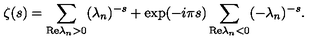
\zeta ( s ) = \sum _ { \mathrm { R e } \lambda _ { n } > 0 } ( \lambda _ { n } ) ^ { - s } + \exp ( - i \pi s ) \sum _ { \mathrm { R e } \lambda _ { n } < 0 } ( - \lambda _ { n } ) ^ { - s } .